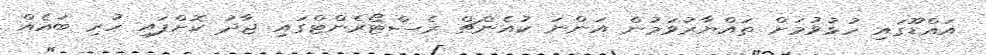
އައްޑޫގައި ހުޅުވުމަށް ތައްޔާރުވަމުން އަންނަ ކުއެންޗް ރެސްޓޯރެންޓްގައި ޖާދު ކޮށްފައި ހުރި ބައެއް